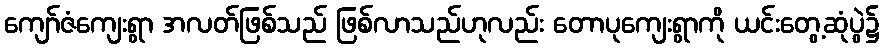
ကျော်ဇံကျေးရွာ အလတ်ဖြစ်သည် ဖြစ်လာသည်ဟုလည်း တောပုကျေးရွာကို ယင်းတွေ့ဆုံပွဲ၌